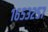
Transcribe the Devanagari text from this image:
१६५३२५७